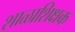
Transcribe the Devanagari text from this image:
शाळाशिक्षक